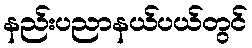
နည်းပညာနယ်ပယ်တွင်